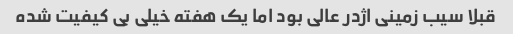
قبلا سیب زمینی اژدر عالی بود اما یک هفته خیلی بی کیفیت شده